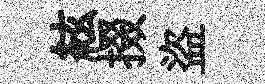
絃掇盜